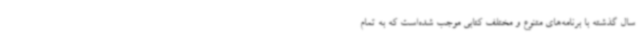
سال گذشته با برنامه‌های متنوع و مختلف کتابی موجب شده‌است که به تمام